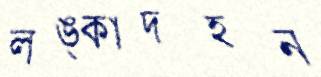
লঙ্কাদহন